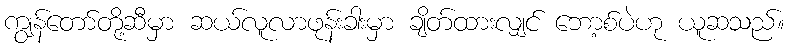
ကျွန်တော်တို့ဆီမှာ ဆယ်လူလာဖုန်းခါးမှာ ချိတ်ထားလျှင် ဘော့စ်ပဲဟု ယူဆသည်။